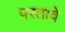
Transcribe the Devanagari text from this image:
परतावें